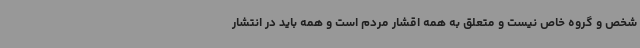
شخص و گروه خاص نیست و متعلق به همه اقشار مردم است و همه باید در انتشار